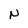
Character: N